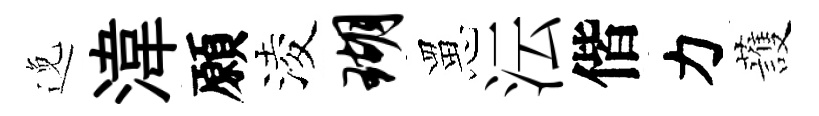
𨓜湋願淩瑚罳沄偕力䕶